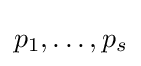
p_{1},\ldots ,p_{s}